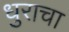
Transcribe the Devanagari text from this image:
धुराचा